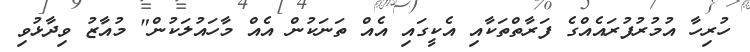
ހުރިހާ އުމުރުފުރައެއްގެ ފަރާތްތަކާއި އެކީގައި އެއް ތަނަކުން އެއް މާހައުލަކުން" މުއާޒު ވިދާޅުވި